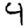
Digit: 9